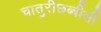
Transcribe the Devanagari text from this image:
चातुरीछब्बीसी